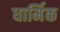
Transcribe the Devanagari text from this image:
धार्मिक